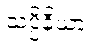
သပ္ပိနိယာ